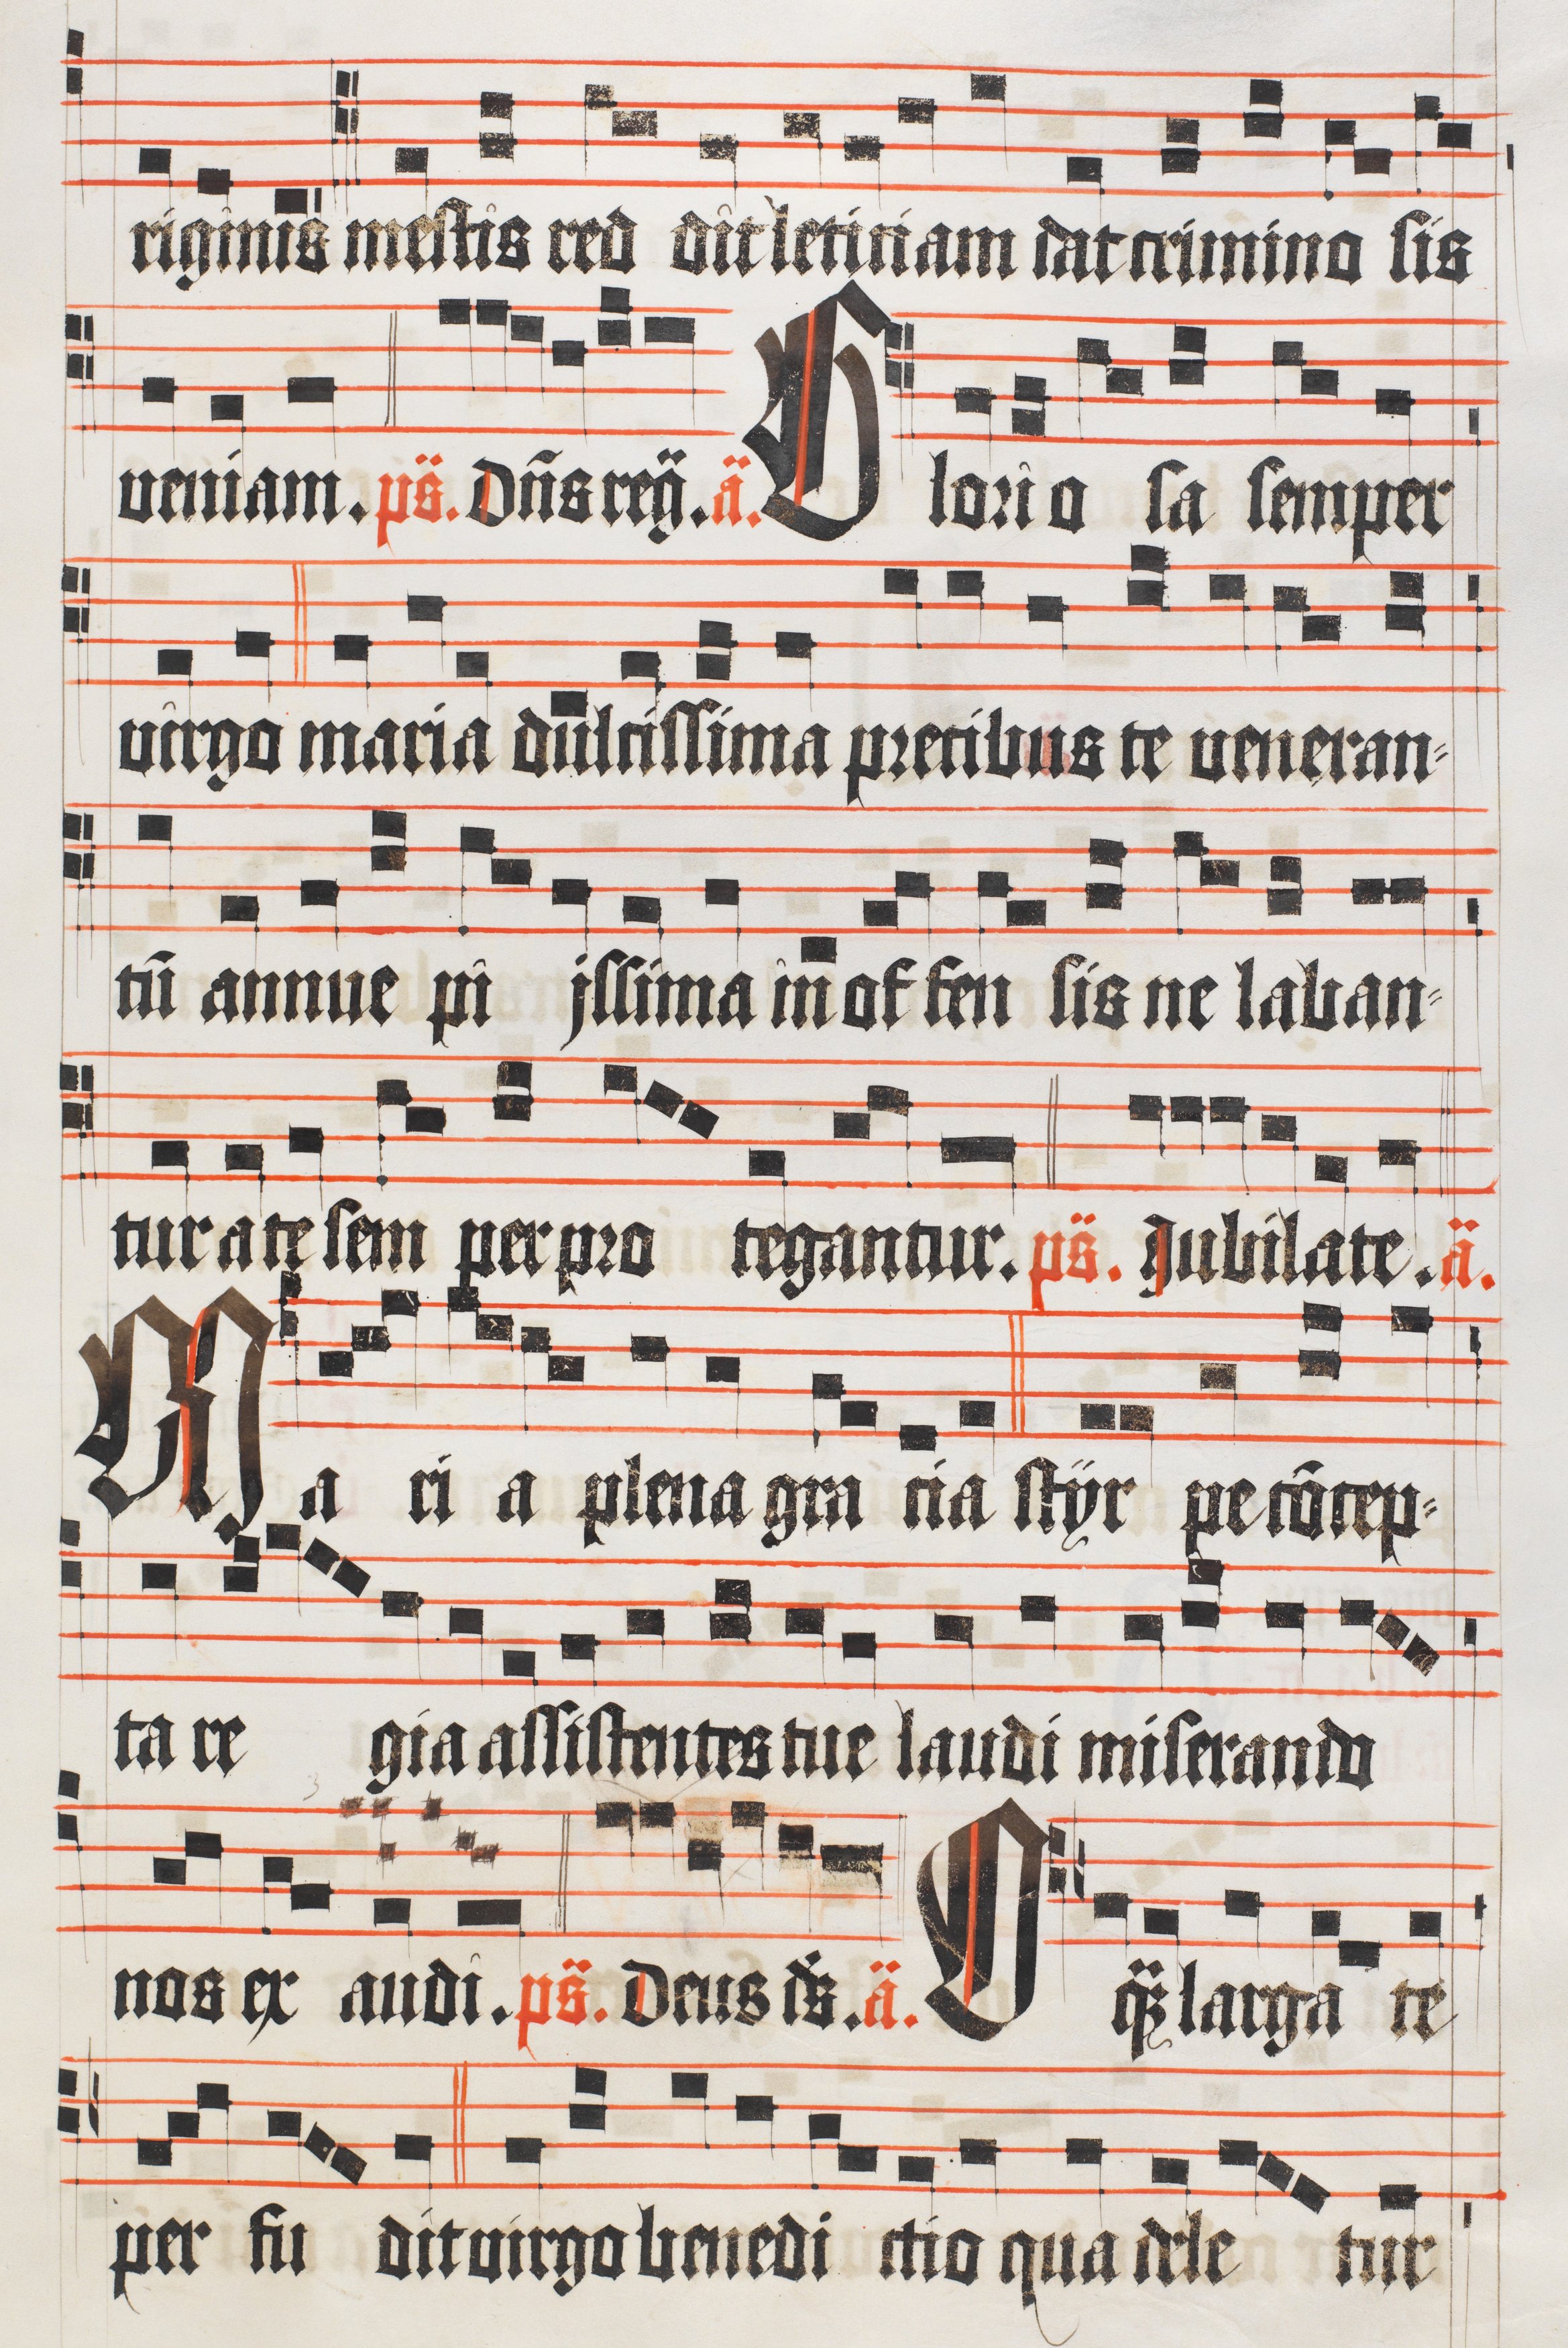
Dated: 1510–1517